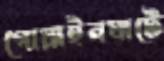
গোয়াইনঘাটে